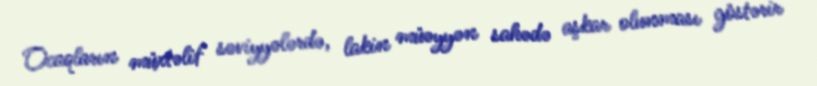
Ocaqların müxtəlif səviyyələrdə, lakin müəyyən sahədə aşkar olunması göstərir